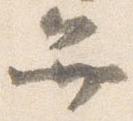
弁